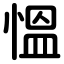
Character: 慍